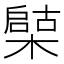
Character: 𣚩